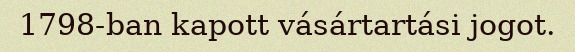
1798-ban kapott vásártartási jogot.